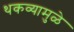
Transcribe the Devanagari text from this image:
थकव्यामुळे